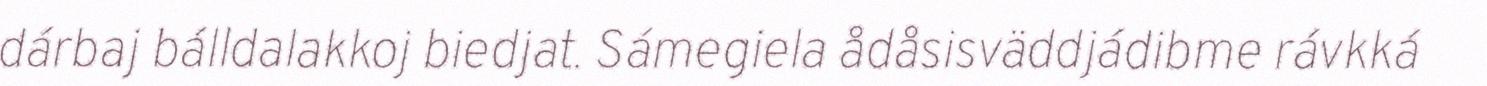
dárbaj bálldalakkoj biedjat. Sámegiela ådåsisväddjádibme rávkká